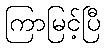
ကြာမြင့်ပြီ